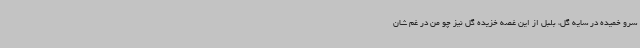
سرو خمیده در سایه گل، بلبل از این غصه خزیده گل نیز چو من در غم شان